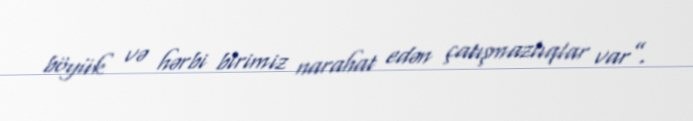
böyük və hərbi birimiz narahat edən çatışmazlıqlar var”.